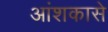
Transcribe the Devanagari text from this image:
आंशकासे